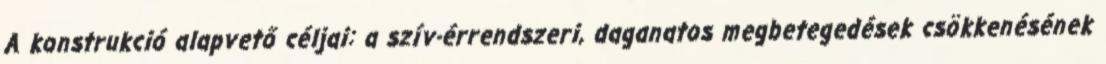
A konstrukció alapvető céljai: a szív-érrendszeri, daganatos megbetegedések csökkenésének